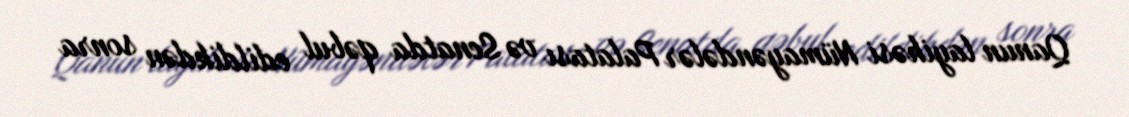
Qanun layihəsi Nümayəndələr Palatası və Senatda qəbul edildikdən sonra